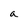
Character: a